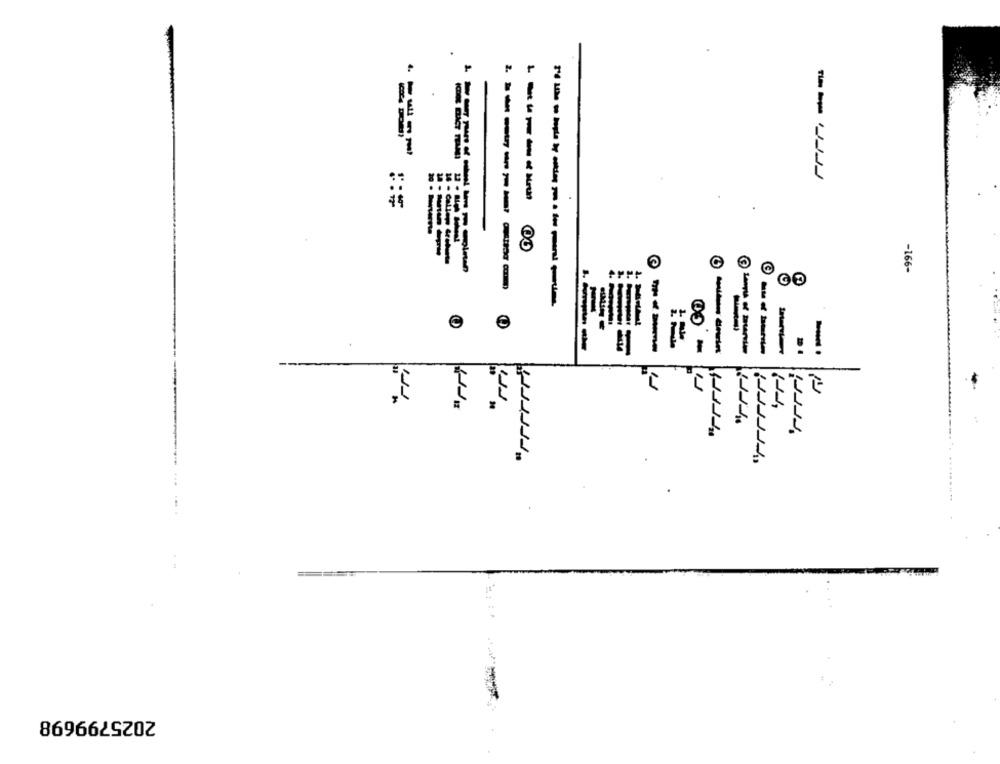
2 1
. ====
.
--- -
-------- İ
-166-
--------
-----------
e
--
----
3.
2025799698